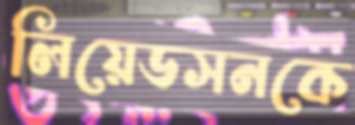
লিয়েডসনকে